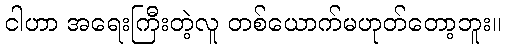
ငါဟာ အရေးကြီးတဲ့လူ တစ်ယောက်မဟုတ်တော့ဘူး။